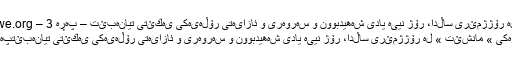
لە رۆژژمێری ساڵدا، رۆژ نییە یادی شەهیدبوون و سەروەری و ئازایەتی رۆڵەیەكی یەكێتی تیانەبێت – پەڕە 3 – Knwe.org
سەرەکی » مانشێت » لە رۆژژمێری ساڵدا، رۆژ نییە یادی شەهیدبوون و سەروەری و ئازایەتی رۆڵەیەكی یەكێتی تیانەبێتپەڕە 3